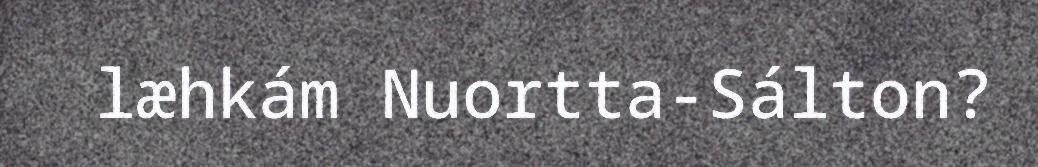
læhkám Nuortta-Sálton?